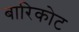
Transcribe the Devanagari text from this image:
बारिकोट